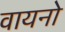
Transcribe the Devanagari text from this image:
वायनो